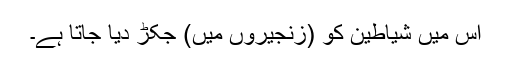
اس میں شیاطین کو (زنجیروں میں) جکڑ دیا جاتا ہے۔